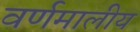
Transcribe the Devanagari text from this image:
वर्णमालीय